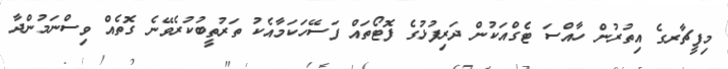
މިފީޗާރގެ އިތުރުން ހާއްސަ ޓެގްއަކުން ދަރިފުޅުގެ ފޮޓޯތައް ފަސޭހަކަމާއެކު ތަރުތީބުކުރެވޭނެ ގޮތެއް ވިސްނަމުންދާ